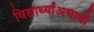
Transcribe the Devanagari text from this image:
विद्यार्थ्यांअभावी